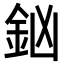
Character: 𨥍